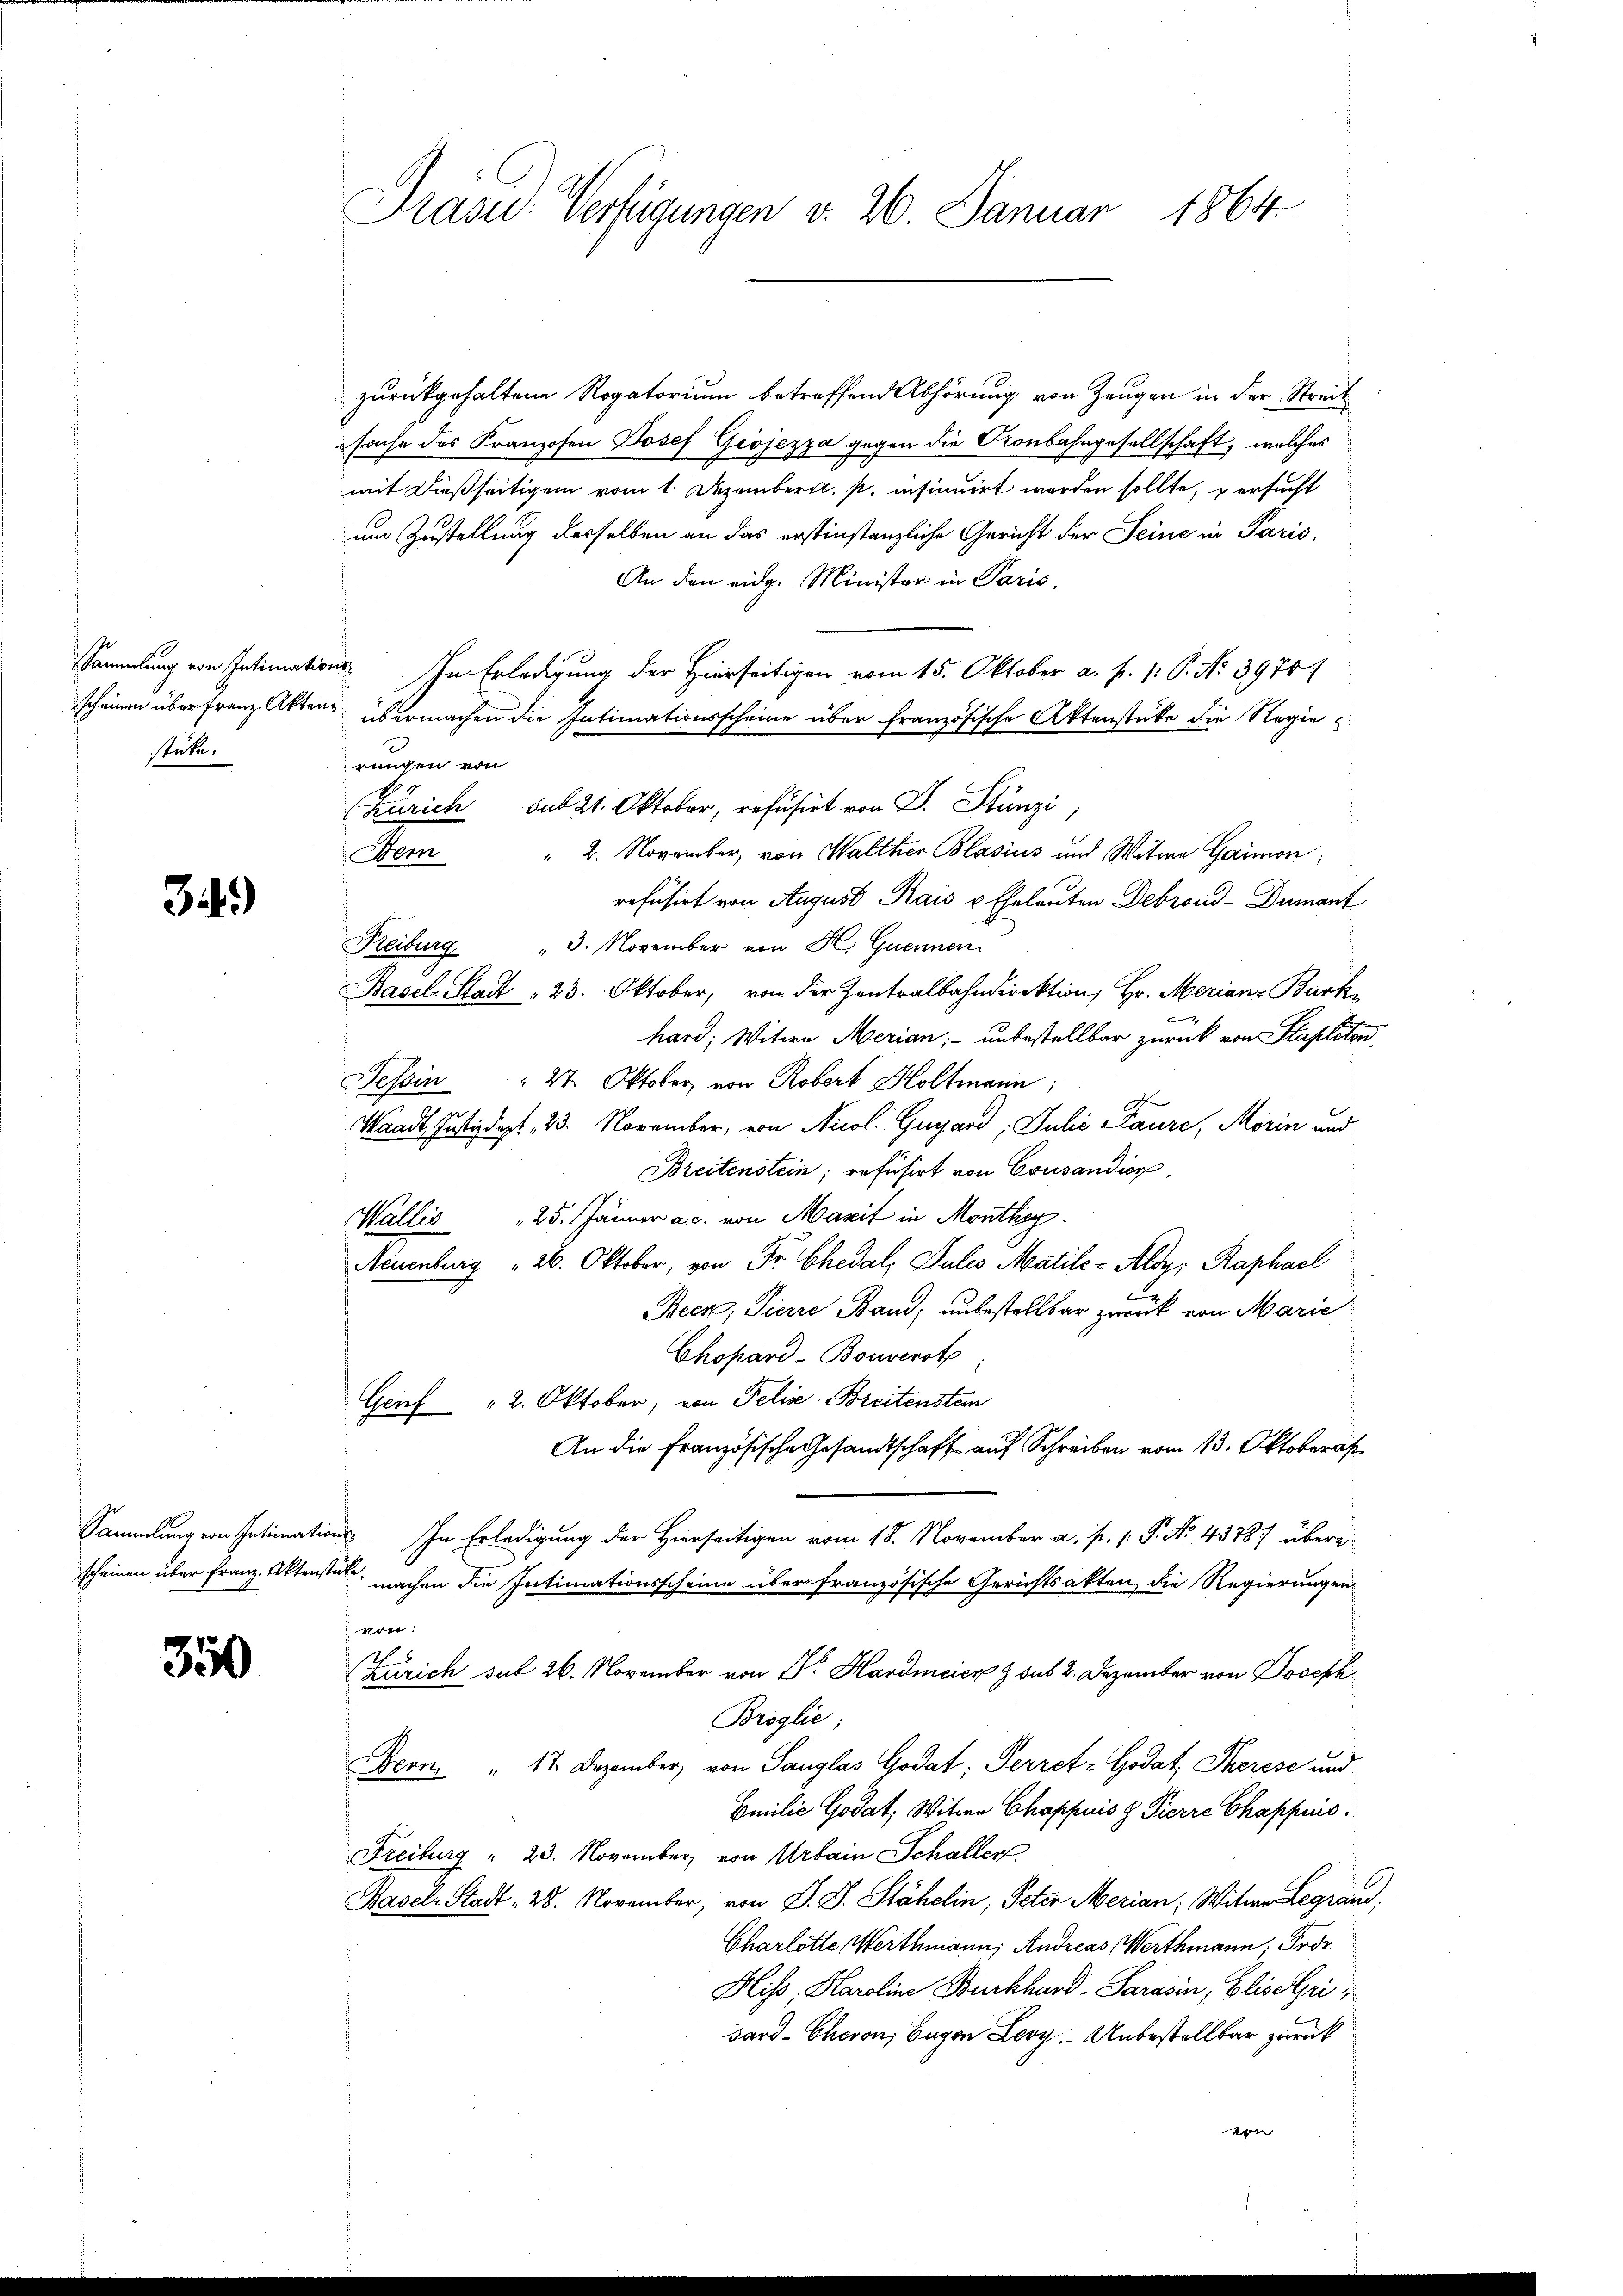
stücke.

34.)

350

zurückgehaltene Rogatorium betreffend Abhörung von Zeugen in der Streit
sache des Franzosen Josef Giojezza gegen die Kronbahngesellschaft, welches
mit dießseitigem vom 1. Dezemberg. p. insinuirt werden sollte, ersucht
um Zustellung desselben an das erstinstanzliche Gericht der Seine in Paris,
An den eidg. Minister in Paris.
Sammlung von Intimations- In Erledigung der Hierseitigen vom 15. Oktober a. p. 1. P. Nr. 3970/
scheinen über Franz Akten übermachen die Intimationsscheine über französische Aktenstücke die Regie
rungen von
" 2. November, von Walther Blasius und Witwe Garmon
Bem
refüsirt von August Kais u. Eheleuten Debroud-Dumant
3. November von H. Guennen
Heiburg
Basel-Stadt 23. Oktober, von der Zentralbahndirektion, Hr. Merian-Burk
f
hard, Witwe Merian, unbestellbar zurück von Stapleton,
 27. Oktober, von Robert Holtmann,
Sofern
g
Waadt, Justizdept, 23. November, von Auol. Gugard, Juli Paure, Morin und
Breitenstein; refüsirt von Consandier
Wallis 25. Jänner ac. von Mazit in Monthey
Neuenburg " 26. Oktober, von Fr. Chedal, Pules Matile-Aldy: Raphael
Beck, Pierre Band; unbestellbar zurück von Marie
Chopard-Bouverst
Genf " 2. Oktober, von Felis Breitenstein
An die Französische Gesandtschaft auf Schreiben vom 13. Oktobers
Sammlung von Intimations- In Erledigung der Hierseitigen vom 18. November a. p. P. No. 43787 übere
scheinen über Franz. Aktenstete, machen die Intimationsscheine über französische Gerichtsakten, die Regierungen
von:
(Zürich sub 26. November von Dr. Hardmeier & sub. 2. Dezember von Joseph
Broglie;
Beon " 12 Dezember, von Sanglas Godat, Perret-Godat Therese und
Emilie Godat; Witwe Chappuis Z Pierre Chappuis
Freiburg " 23. November von Urbain Schaller
Basel-Stadt - 28. November, von J. J. Stähelin, Peter Merian, Witwe Legrand,
Charlotte, Werthmann, Andreas Werthmann Prot
Hliss. Karoline Burkhard-Parasin, Elisalpri
sard-Cheron, Eugen Ley. Unbestellbar zurück
von

Präsid.: Verfügungen v. 26. Januar 1864.

(Zürich sub 21. Oktober, refüsirt von P. Stünzi,